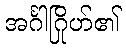
အင်္ဂါဂြိုဟ်၏